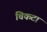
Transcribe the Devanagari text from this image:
चिकटा